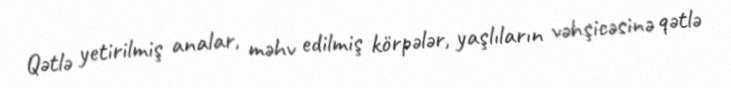
Qətlə yetirilmiş analar, məhv edilmiş körpələr, yaşlıların vəhşicəsinə qətlə